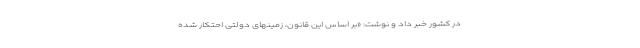
در کشور خبر داد و نوشت: «بر اساس این قانون، زمینهای دولتی احتکار شده